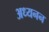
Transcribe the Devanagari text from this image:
अध्यनन